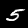
Digit: 5